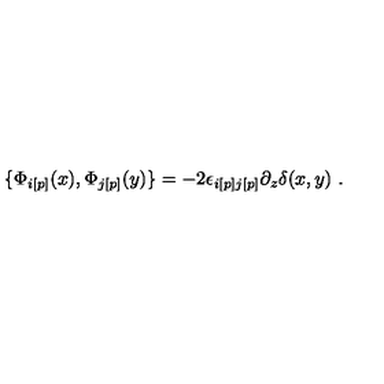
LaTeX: \{ { \Phi } _ { i [ p ] } ( x ) , { \Phi } _ { j [ p ] } ( y ) \} = - 2 { \epsilon } _ { i [ p ] j [ p ] } \partial _ { z } { \delta } ( x , y ) \ .